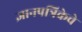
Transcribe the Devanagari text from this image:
ज्ञानपत्रिकेचे